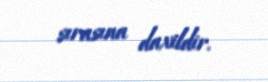
sırasına daxildir.